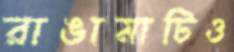
রাঙামাটিও